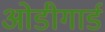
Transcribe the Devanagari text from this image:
ओडीगार्ड